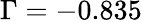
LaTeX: \Gamma=-0.835